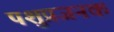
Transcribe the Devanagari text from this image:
पशुप्रजनक